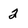
Character: 2